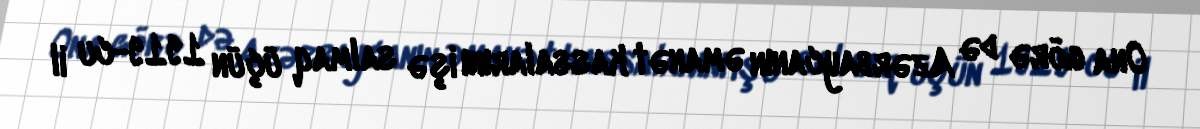
Ona görə də Azərbaycanın əmanət kassalarını işə salmaq üçün 1919-cu il